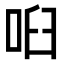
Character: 𠲼